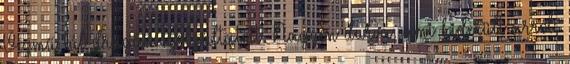
Vízmű túl drágán szolgáltatott. Nagyon durva, ami kiderült arról,